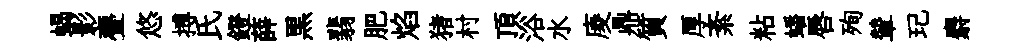
蝎影亹悠搏氏鐙薛黒翡肥焰猪村頂浴水庱鼎質厚紊粘蟠唇殉輦玘麝